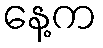
နေ့က